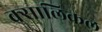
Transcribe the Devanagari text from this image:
क्सालिकल